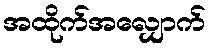
အထိုက်အလျှောက်